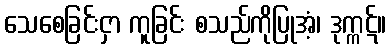
သေစေခြင်းငှာ ကူခြင်း စသည်ကိုပြုအံ့၊ ဒုက္ကဋ်။